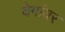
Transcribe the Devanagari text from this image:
वेगांवर